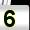
Digit: 5